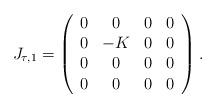
LaTeX: \begin{align*} J_{\tau,1} = \left( \begin{array}{cccc}0 & 0 & 0 & 0 \\0 & -K & 0 & 0 \\0 & 0 & 0 & 0 \\0 & 0 & 0 & 0 \\\end{array} \right). \end{align*}